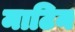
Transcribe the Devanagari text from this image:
माटिन